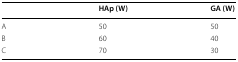
|  | HAp (W) | GA (W) |
 | --- | --- | --- |
 | A | 50 | 50 |
 | B | 60 | 40 |
 | C | 70 | 30 |